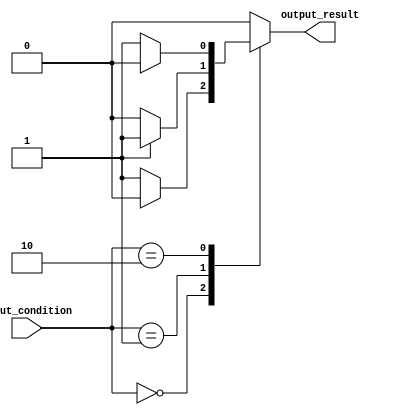
module case_statement_with_if_else (
    input wire [1:0] input_condition,
    output reg output_result
);

always @* begin
    case(input_condition)
        2'b00: begin // Case for input_condition = 00
            if (some_condition) begin
                // Statement for specific condition
                output_result <= 1'b0;
            end
            else begin
                // Else statement for specific condition
                output_result <= 1'b1;
            end
        end

        2'b01: begin // Case for input_condition = 01
            // If-else statements for this specific condition
            if (another_condition) begin
                output_result <= 1'b1;
            end
            else begin
                output_result <= 1'b0;
            end
        end

        2'b10: begin // Case for input_condition = 10
            // If-else statements for this specific condition
            if (different_condition) begin
                output_result <= 1'b0;
            end
            else begin
                output_result <= 1'b1;
            end
        end

        default: begin // Default case
            // If-else statements for default condition
            output_result <= 1'b0;
        end
    endcase
end

endmodule